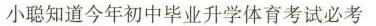
小聪知道今年初中毕业升学体育考试必考